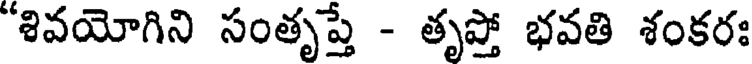
'శివయోగిని సంతృప్తే - తృప్తో భవతి శంకరః